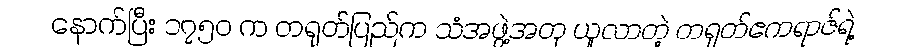
နောက်ပြီး ၁၇၅၀ က တရုတ်ပြည်က သံအဖွဲ့အတု ယူလာတဲ့ တရုတ်ဧကရာဇ်ရဲ့